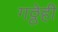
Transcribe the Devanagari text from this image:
गठ्ठेही